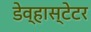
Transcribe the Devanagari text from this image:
डेव्हास्टेटर